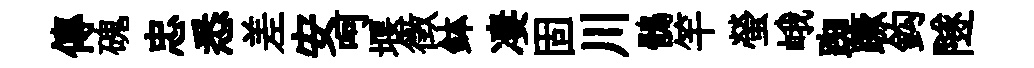
傳磈忠悉差安呵堰徴鉢凄固川鶻竿螢峨踟蹶鈎隧